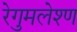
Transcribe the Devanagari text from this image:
रेगुमलेश्ण